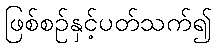
ဖြစ်စဉ်နှင့်ပတ်သက်၍